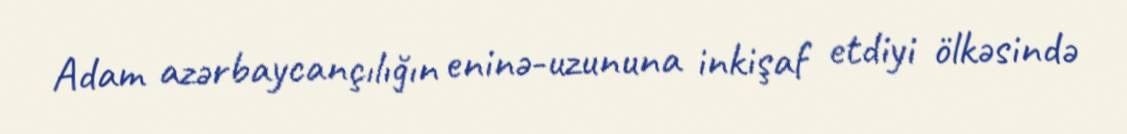
Adam azərbaycançılığın eninə-uzununa inkişaf etdiyi ölkəsində